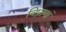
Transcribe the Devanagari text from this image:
विप्राणां